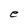
Character: e